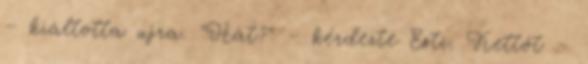
– kiáltotta ujra. "Hát?" – kérdezte Esti. Kettőt –